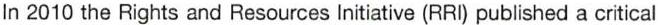
In 2010 the Rights and Resources Initiative (RRI) published a critical